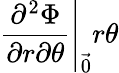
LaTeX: \left.\frac{\partial^{2}\Phi}{\partial r\partial\theta}\right|_{\vec{0}}r\theta